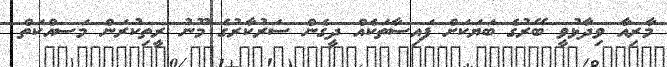
މާރިއާ ވިދާޅުވީ ބޭރުގެ ބަޔަކަށް ފައިސާތަކެއް ދީގެން ސަރުކާރުގެ މޫނު ރީތިކުރަން މަސއްކަތް